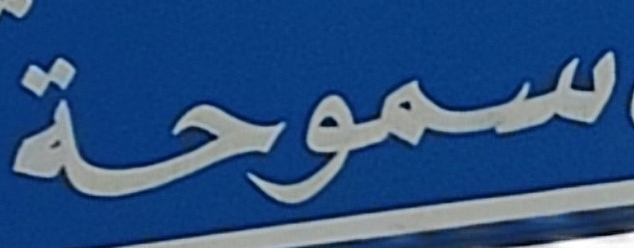
سموحة